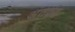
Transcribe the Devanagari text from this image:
अंतर्द्वद्व